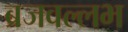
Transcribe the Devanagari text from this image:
ब्रजवल्लभ